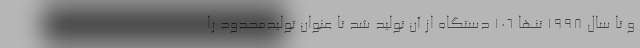
و تا سال 1998 تنها 106 دستگاه از آن تولید شد تا عنوان تولیدمحدود را